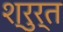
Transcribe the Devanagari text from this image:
श्रुर्त